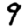
Digit: 9